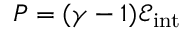
P = ( \gamma - 1 ) \mathcal { E } _ { \mathrm { i n t } }